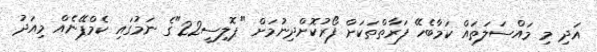
އަދި މި މައްސަލަތައް ކަމާބެހޭ ފަރާތްތަކަށް ފޯރުކޮށްދިނުމަށް "ޕޮލިސީ22"ގެ ނަމުގައި ކެމްޕޭނެއް މިއަދު